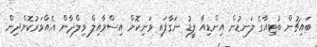
ބައިޗުން ބުޓިއާގެ ލަނޑުން އިންޑިއާ ލީޑު ނަގާފައި ވަނިކޮށް އިސްމާއިލް ވިލްދާން އެއްވަރުކޮށްދިން